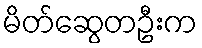
မိတ်ဆွေတဦးက